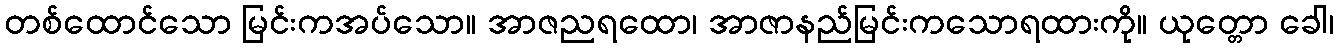
တစ်ထောင်သော မြင်းကအပ်သော။ အာဇညရထော၊ အာဇာနည်မြင်းကသောရထားကို။ ယုတ္တော ခေါ၊